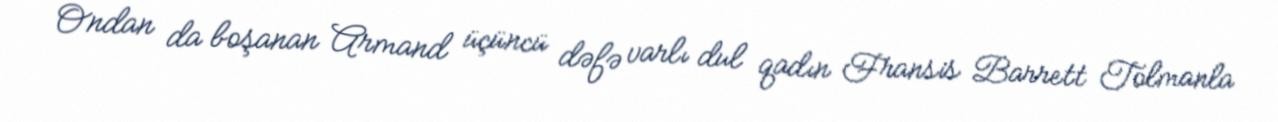
Ondan da boşanan Armand üçüncü dəfə varlı dul qadın Fransis Barrett Tolmanla